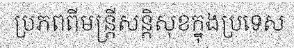
ប្រភពពីមន្ត្រីសន្តិសុខក្នុងប្រទេស